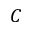
C